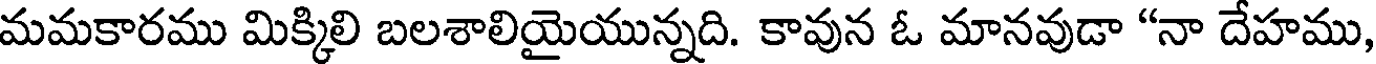
మమకారము మిక్కిలి బలశాలియైయున్నది. కావున ఓ మానవుడా "నా దేహము,